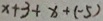
x + 3 + x + ( - 5 )